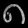
Digit: ၈